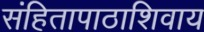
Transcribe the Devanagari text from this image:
संहितापाठाशिवाय